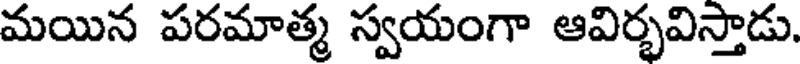
మయిన పరమాత్మ స్వయంగా ఆవిర్భవిస్తాడు.